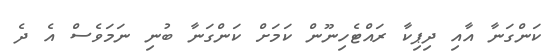
ކަންގަނާ އާއި ދިޕިކާ ރައްޓެހިނޫން ކަމަށް ކަންގަނާ ބުނި ނަމަވެސް އެ ދެ